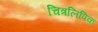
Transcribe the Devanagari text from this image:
चित्रलिपिक